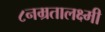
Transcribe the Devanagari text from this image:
८नम्रतालक्ष्मी